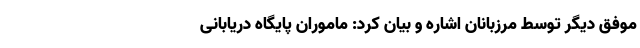
موفق دیگر توسط مرزبانان اشاره و بیان کرد: ماموران پایگاه دریابانی